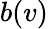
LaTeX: b(v)